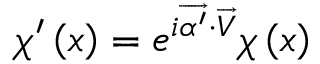
\chi ^ { \prime } \left( x \right) = e ^ { i \overrightarrow { \alpha ^ { \prime } } \cdot \overrightarrow { V } } \chi \left( x \right)